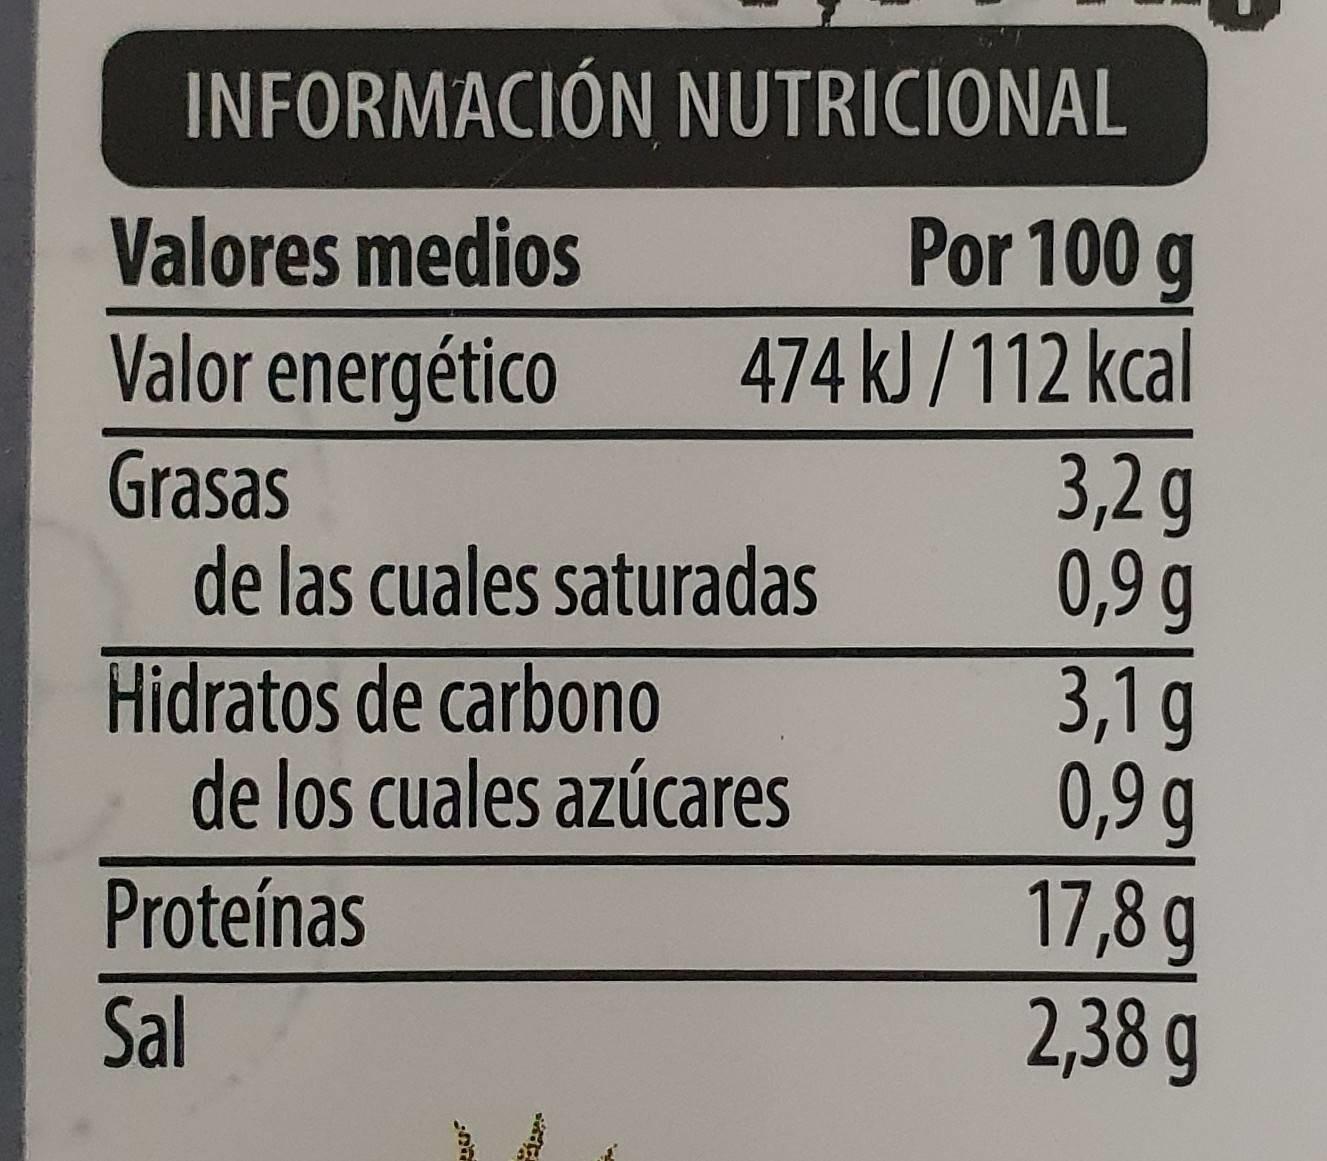
INFORMACIÓN NUTRICIONAL
Valores medios
Por 100 g
474 kJ /112 kcal 3,2g 0,9g 3,1g 0,9 g 17,8 g 2,38 g
Valor energético
Grasas de las cuales saturadas
Hidratos de carbono de los cuales azúcares
Proteínas
Sal